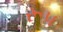
રૂ૫